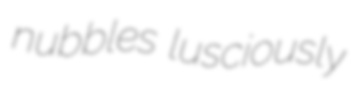
nubbles lusciously